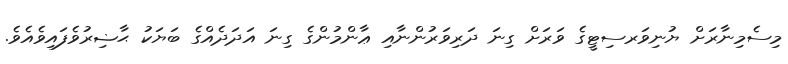
މިސެމިނާރަށް ޔުނިވަރސިޓީގެ ވަރަށް ގިނަ ދަރިވަރުންނާއި ޢާންމުންގެ ގިނަ އަދަދެއްގެ ބަޔަކު ޙާޟިރުވެފައިވެއެވެ.